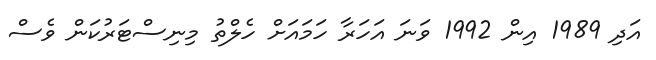
އަދި 1989 އިން 1992 ވަނަ އަހަރާ ހަމައަށް ހެލްތު މިނިސްޓަރުކަން ވެސް